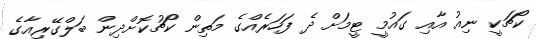
ކޯޗަކީ ނިއު އާއި ގައުމީ ޓީމަށް ދެ ފަހަރެއްގެ މަތިން ކޯޗުކޮށްދިން ބަލްގޭރިއާގެ